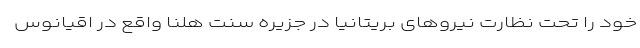
خود را تحت نظارت نیروهای بریتانیا در جزیره سنت هلنا واقع در اقیانوس